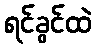
ရင်ခွင်ထဲ